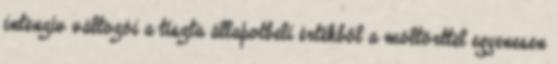
intenzív változói a tiszta állapotbeli értékből a móltörttel egyenesen